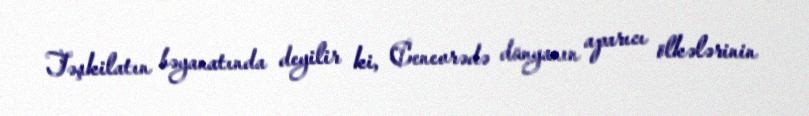
Təşkilatın bəyanatında deyilir ki, Cenevrədə dünyanın aparıcı ölkələrinin